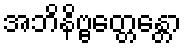
အဘိနိဗ္ဗတ္တေန္တော